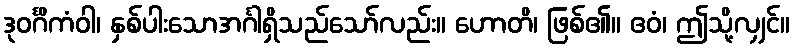
ဒုဝင်္ဂိကံဝါ၊ နှစ်ပါးသောအင်္ဂါရှိသည်သော်လည်း။ ဟောတိ၊ ဖြစ်၏။ ဧဝံ၊ ဤသို့လျှင်။